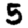
Digit: 5